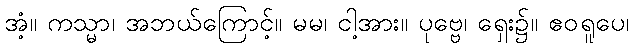
အံ့။ ကသ္မာ၊ အဘယ်ကြောင့်။ မမ၊ ငါ့အား။ ပုဗ္ဗေ၊ ရှေး၌။ ဧဝရူပေ၊